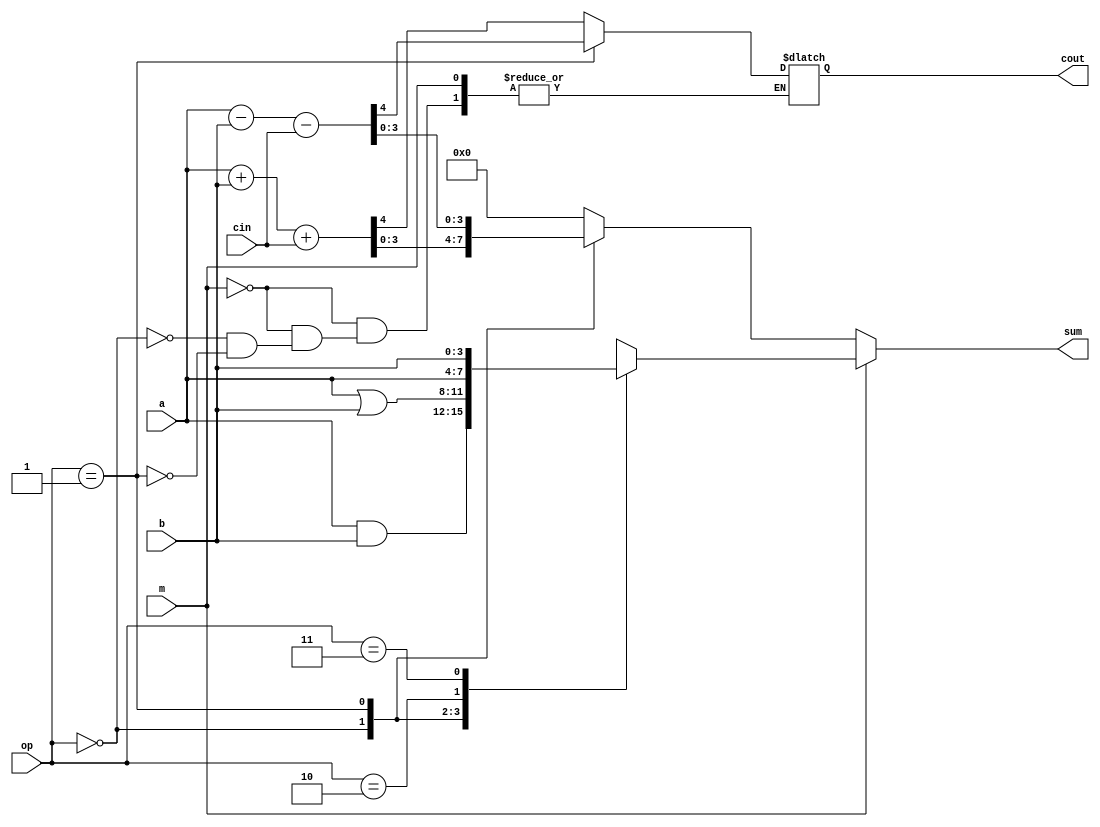
module alu4( a,b,m,cin,op,cout,sum
);

parameter ADDER_WIDTH =4;

input	[ADDER_WIDTH-1:0] a;
input [ADDER_WIDTH-1:0] b;
input	[1:0] op; 
input cin;
input m; 
output cout;
output [ADDER_WIDTH-1:0] sum;

reg	cout;
reg	[ADDER_WIDTH-1:0] sum;

always @(a or b or cin or m or op) 
begin
	if(!m)	//m  0 ALU 
		begin
			case(op)
				2'b00 :	{cout,sum}=a+b+cin;	//op  00 
				2'b01 :	{cout,sum}=a-b-cin;//op  01 
				default:	sum=0; 
			endcase
		end

else	//m  1 
	begin
		case(op)
			2'b00:	sum=a&b;	//op  00 
			2'b01:	sum=a|b;	//op  01 
			2'b10:	sum=a;	//op  10  a
			2'b11:	sum=b;	//op  11  b
		endcase	
	end	
end	
 
endmodule